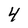
Character: 4